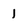
Character: 1